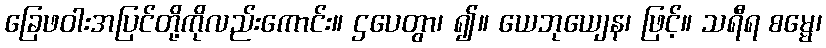
ခြေဖဝါးအပြင်တို့ကိုလည်းကောင်း။ ဌပေတွာ၊ ၍။ ယေဘုယျေန၊ ဖြင့်။ သရီရ စမ္မေ၊